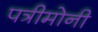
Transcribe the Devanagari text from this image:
पत्रीमोनी